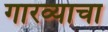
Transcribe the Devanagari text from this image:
गारव्याचा